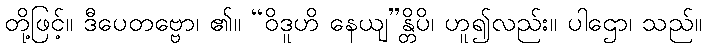
တို့ဖြင့်။ ဒီပေတဗ္ဗော၊ ၏။ “ဝိဒူဟိ နေယျ”န္တိပိ၊ ဟူ၍လည်း။ ပါဌော၊ သည်။